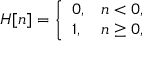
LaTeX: H [ n ] = { \left\{ \begin{array} { l l } { 0 , } & { n < 0 , } \\ { 1 , } & { n \geq 0 , } \end{array} \right. }